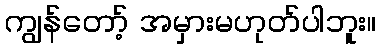
ကျွန်တော့် အမှားမဟုတ်ပါဘူး။